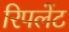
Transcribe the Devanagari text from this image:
रिपलेंट